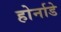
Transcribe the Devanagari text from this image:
होर्नाडे